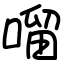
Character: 𠺕